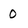
Character: 0